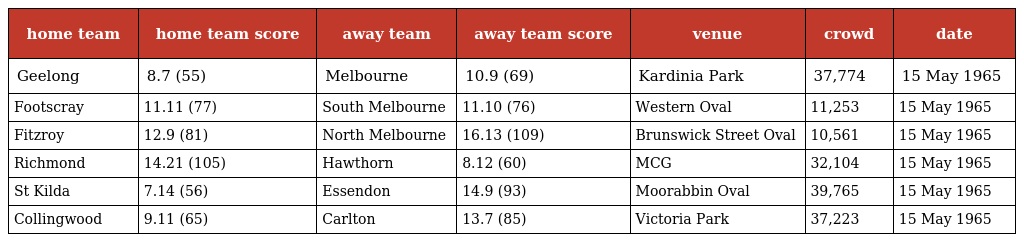
| home team | home team score | away team | away team score | venue | crowd | date |
 | --- | --- | --- | --- | --- | --- | --- |
 | Geelong | 8.7 (55) | Melbourne | 10.9 (69) | Kardinia Park | 37,774 | 15 May 1965 |
 | Footscray | 11.11 (77) | South Melbourne | 11.10 (76) | Western Oval | 11,253 | 15 May 1965 |
 | Fitzroy | 12.9 (81) | North Melbourne | 16.13 (109) | Brunswick Street Oval | 10,561 | 15 May 1965 |
 | Richmond | 14.21 (105) | Hawthorn | 8.12 (60) | MCG | 32,104 | 15 May 1965 |
 | St Kilda | 7.14 (56) | Essendon | 14.9 (93) | Moorabbin Oval | 39,765 | 15 May 1965 |
 | Collingwood | 9.11 (65) | Carlton | 13.7 (85) | Victoria Park | 37,223 | 15 May 1965 |